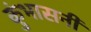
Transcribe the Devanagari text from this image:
कुंभासनी